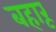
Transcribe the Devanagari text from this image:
बहारू